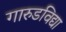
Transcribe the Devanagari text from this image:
गारुडविद्या